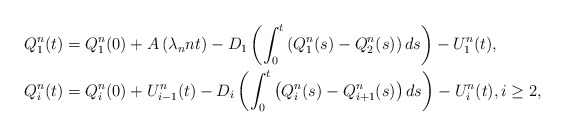
\begin{align*}Q^n_1(t) &= Q^n_1(0) + A\left(\lambda_n n t\right) - D_1\left(\int_0^t\left(Q^n_1(s) - Q^n_2(s)\right)ds\right) - U^n_1(t),\\Q^n_i(t) &= Q^n_i(0) + U^n_{i-1}(t) - D_i\left(\int_0^t\left(Q^n_i(s) -Q^n_{i+1}(s)\right) ds\right) - U^n_i(t), i \ge 2, \end{align*}